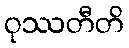
ဝုဿတီတိ